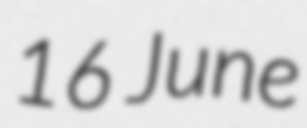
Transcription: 16 June